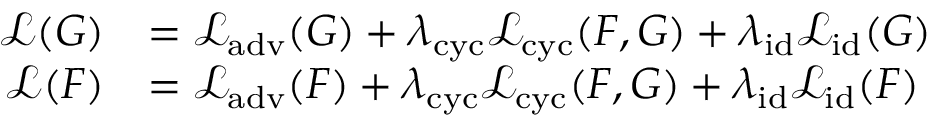
\begin{array} { r l } { \mathcal { L } ( G ) } & { = \mathcal { L } _ { \mathrm { a d v } } ( G ) + \lambda _ { \mathrm { c y c } } \mathcal { L } _ { \mathrm { c y c } } ( F , G ) + \lambda _ { \mathrm { i d } } \mathcal { L } _ { \mathrm { i d } } ( G ) } \\ { \mathcal { L } ( F ) } & { = \mathcal { L } _ { \mathrm { a d v } } ( F ) + \lambda _ { \mathrm { c y c } } \mathcal { L } _ { \mathrm { c y c } } ( F , G ) + \lambda _ { \mathrm { i d } } \mathcal { L } _ { \mathrm { i d } } ( F ) } \end{array}